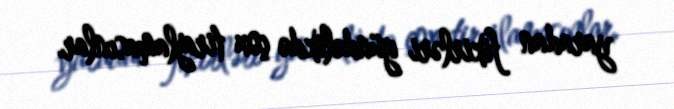
yaradan fikirləri gündəlikdə çox tirajlamasınlar.